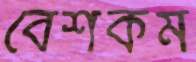
বেশকম